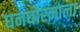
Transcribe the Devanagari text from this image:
घनघोरमाला